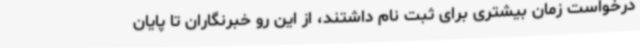
درخواست زمان بیشتری برای ثبت نام داشتند، از این رو خبرنگاران تا پایان